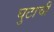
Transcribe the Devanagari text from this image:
घुटाची